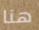
هنا